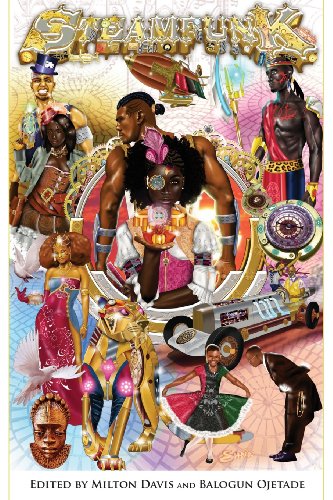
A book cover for Steamfunk!; Literature & Fiction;